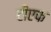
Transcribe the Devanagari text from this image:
टीएफ